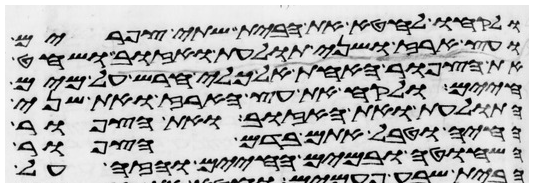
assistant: ולקחו לחטא את הבית שתי צפורים
ועץ ארז ושני תולעת ואזוב ושחט
את הצפור האחת אל כלי חרש על מים
חיים ולקח את עץ הארז ואת שני
התולעת ואת האזוב ואת הצפור
החיה וטבל אתם בדם הצפור
השחוטה ובמים החיים והזה על